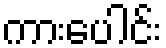
ကားပေါင်း